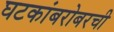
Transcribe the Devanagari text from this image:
घटकांबरोबरची